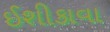
ઈશીકાવા